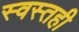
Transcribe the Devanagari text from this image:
स्वस्तही